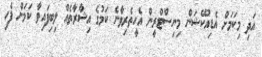
އަދި މިކަމަށް އެޑިއުކޭޝަން މިނިސްޓްރީން އެހީތެރިވާނެ ކަމުގެ އިޝާރާތެއް ލިބިފައިވާ ކަމަށް ފެހި